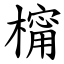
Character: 橣